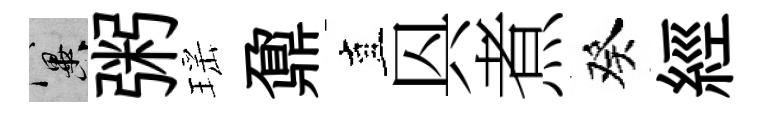
冀粥瑶鼐直㒷煮癸經